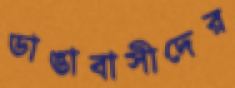
ডাঙাবাসীদের